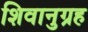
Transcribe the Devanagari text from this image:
शिवानुग्रह